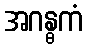
အဂန္ဓကံ